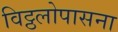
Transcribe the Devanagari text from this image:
विट्ठलोपासना